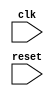
module behavior_trigger(
    input wire clk,
    input wire reset
);

always @(posedge clk or negedge reset) begin
    // block of code to execute on positive edge of clk and negative edge of reset
end

endmodule